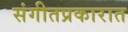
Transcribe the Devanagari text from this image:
संगीतप्रकारात